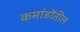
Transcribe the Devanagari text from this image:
कमांडोंतील